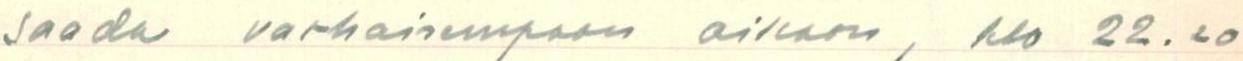
saada varhaisempaan aikaan, klo 22.20